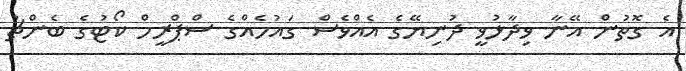
އެ ގޮތުން އޭނާ ވިދާޅުވީ ދުނިޔޭގެ އެއްވެސް ގައުމެއްގެ ސްޕްރީމް ކޯޓުގެ ބެންޗު